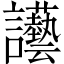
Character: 讛